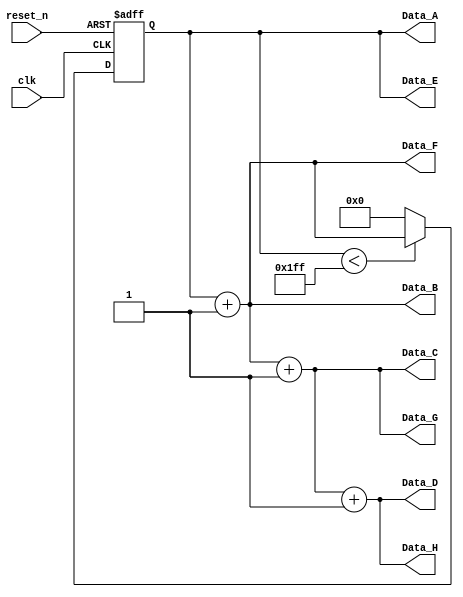
module   data_gen_submodule  (
     //input
           input                  clk     ,

           input                  reset_n , 
              
      //output
          output  [11:0]          Data_A  ,

          output  [11:0]          Data_B  ,

          output  [11:0]          Data_C  ,

          output  [11:0]          Data_D  ,
              
          output  [11:0]          Data_E  ,

          output  [11:0]          Data_F  ,  
       
          output  [11:0]          Data_G  ,

          output  [11:0]          Data_H     
              


  );







   //wire



  //reg


       reg     [11:0]            data_buf  ;





         
      always@(posedge  clk    or  negedge  reset_n )  
       
       begin
   
                if (!reset_n)
                    
                   begin                              
                            data_buf   <=   0  ;

                   end
                
                else   if   (data_buf  < 511)
                              
              
                           data_buf    <=   data_buf  + 1'b1 ;

                else
                     
                           data_buf   <=   0  ;   
                            
                  

       end

       

        
      assign      Data_A   =     data_buf ;

      assign      Data_B   =     Data_A+1 ;

      assign      Data_C   =     Data_B+1 ;

      assign      Data_D   =     Data_C+1 ;


       
   
      assign      Data_E   =     data_buf ;

      assign      Data_F   =     Data_E+1 ;

      assign      Data_G   =     Data_F+1 ;

      assign      Data_H   =     Data_G+1 ;






endmodule